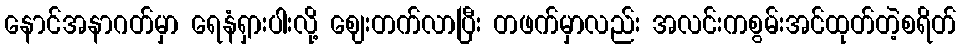
နောင်အနာဂတ်မှာ ရေနံရှားပါးလို့ ဈေးတက်လာပြီး တဖက်မှာလည်း အလင်းကစွမ်းအင်ထုတ်တဲ့စရိတ်